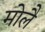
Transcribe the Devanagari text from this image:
मोलै